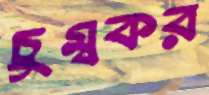
চুম্বকর